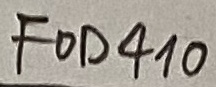
Text: FOD410